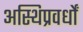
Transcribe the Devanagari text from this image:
अस्थिप्रवर्धों